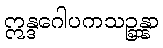
ဣန္ဒဂေါပကသဉ္ဆန္နာ